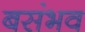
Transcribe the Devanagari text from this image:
बसंभव